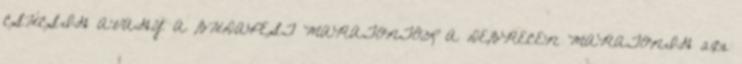
CSÚCSIG AVAGY A BUDAPEST MARATONTÓL A DEBRECEN MARATONIG 2011.